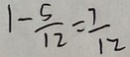
1 - \frac { 5 } { 1 2 } = \frac { 7 } { 1 2 }